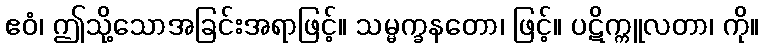
ဧဝံ၊ ဤသို့သောအခြင်းအရာဖြင့်။ သမ္မက္ခနတော၊ ဖြင့်။ ပဋိက္ကူလတာ၊ ကို။